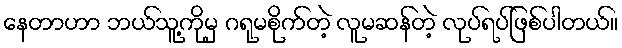
နေတာဟာ ဘယ်သူ့ကိုမှ ဂရုမစိုက်တဲ့ လူမဆန်တဲ့ လုပ်ရပ်ဖြစ်ပါတယ်။